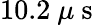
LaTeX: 10.2~\mu\mathrm{~s~}